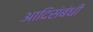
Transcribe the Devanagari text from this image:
आदिसंबंधी